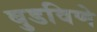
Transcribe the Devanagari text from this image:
बुडविणे